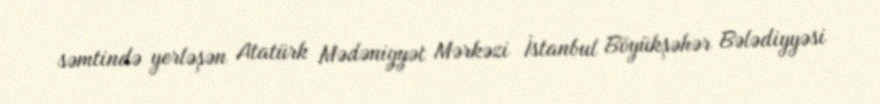
səmtində yerləşən Atatürk Mədəniyyət Mərkəzi İstanbul Böyükşəhər Bələdiyyəsi